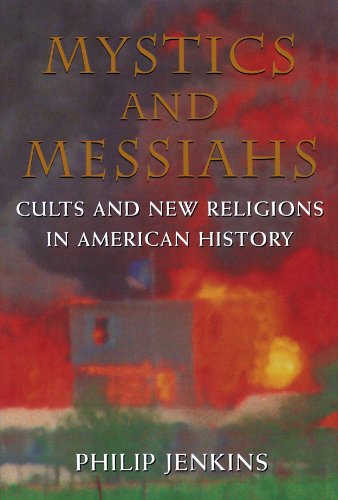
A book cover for Mystics and Messiahs: Cults and New Religions in American History; Philip Jenkins; Religion & Spirituality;